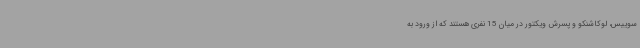
سوییس، لوکاشنکو و پسرش ویکتور در میان 15 نفری هستند که از ورود به